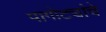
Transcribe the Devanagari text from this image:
पागोट्यांचे